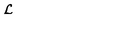
{ \cal L }